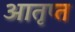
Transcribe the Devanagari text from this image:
आतृप्त